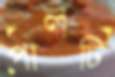
পালটি